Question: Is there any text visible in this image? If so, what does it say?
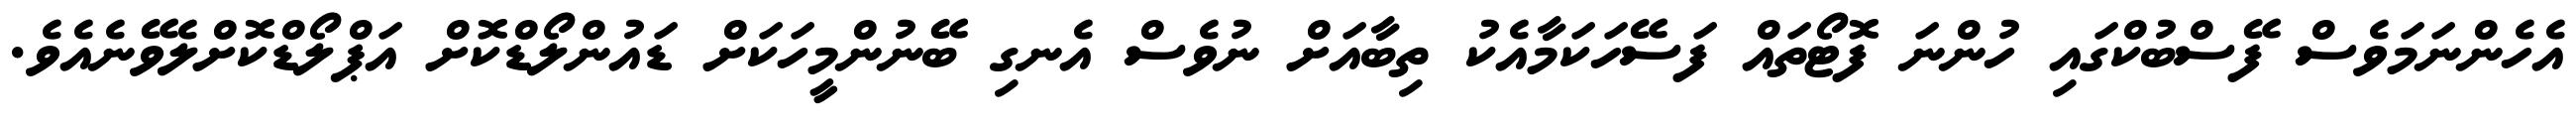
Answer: އެހެންނަމަވެސް ފޭސްބުކްގައި ހުންނަ ފޮޓޯތައް ފަސޭހަކަމާއެކު ތިބާއަށް ނުވެސް އެނގި ބޭނުންމީހަކަށް ޑައުންލޯޑްކޮށް އަޕްލޯޑްކޮށްލެވޭނެއެވެ.